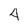
Character: 4